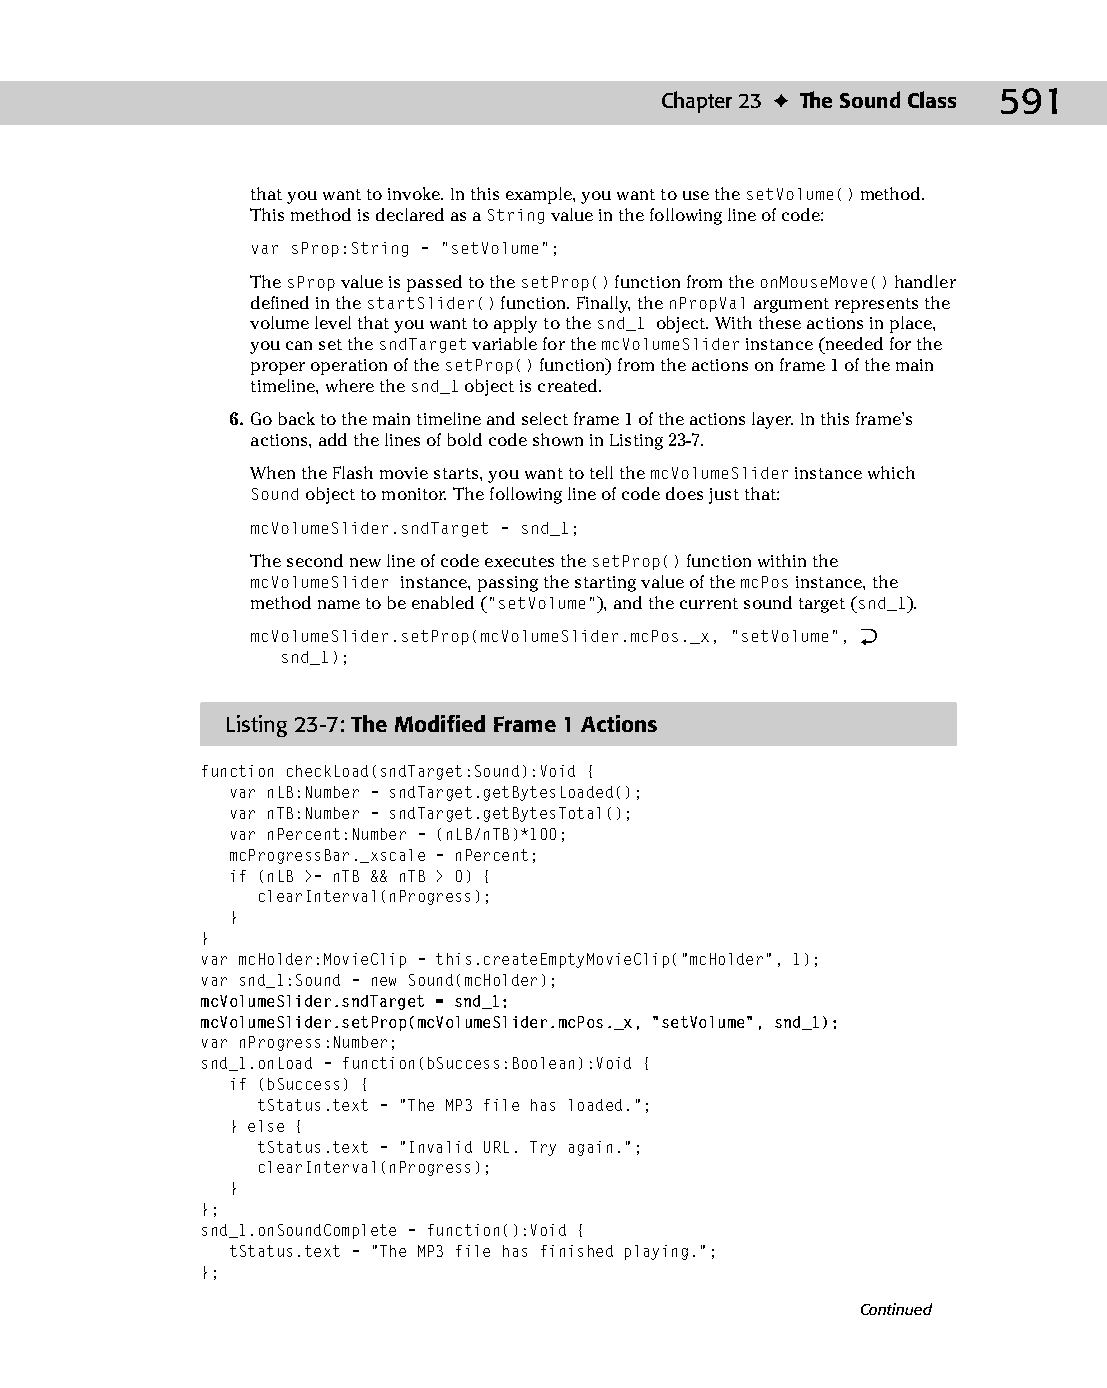
30 543547 ch23.qxd 3/24/04 4:09 PM Page 591
 Chapter 23 ✦ The Sound Class 591
 that you want to invoke. In this example, you want to use the setVolume() method.
 This method is declared as a String value in the following line of code:
 var sProp:String = “setVolume”;
 The sProp value is passed to the setProp() function from the onMouseMove() handler
 defined in the startSlider() function. Finally, the nPropVal argument represents the
 volume level that you want to apply to the snd_1 object. With these actions in place,
 you can set the sndTarget variable for the mcVolumeSlider instance (needed for the
 proper operation of the setProp() function) from the actions on frame 1 of the main
 timeline, where the snd_1 object is created.
 6. Go back to the main timeline and select frame 1 of the actions layer. In this frame’s
 actions, add the lines of bold code shown in Listing 23-7.
 When the Flash movie starts, you want to tell the mcVolumeSlider instance which
 Sound object to monitor. The following line of code does just that:
 mcVolumeSlider.sndTarget = snd_1;
 The second new line of code executes the setProp() function within the
 mcVolumeSlider instance, passing the starting value of the mcPos instance, the
 method name to be enabled (“setVolume”), and the current sound target (snd_1).
 mcVolumeSlider.setProp(mcVolumeSlider.mcPos._x, “setVolume”, Æ
 snd_1);
 Listing 23-7: The Modified Frame 1 Actions
 function checkLoad(sndTarget:Sound):Void {
 var nLB:Number = sndTarget.getBytesLoaded();
 var nTB:Number = sndTarget.getBytesTotal();
 var nPercent:Number = (nLB/nTB)*100;
 mcProgressBar._xscale = nPercent;
 if (nLB >= nTB && nTB > 0) {
 clearInterval(nProgress);
 }
 }
 var mcHolder:MovieClip = this.createEmptyMovieClip(“mcHolder”, 1);
 var snd_1:Sound = new Sound(mcHolder);
 mcVolumeSlider.sndTarget = snd_1;
 mcVolumeSlider.setProp(mcVolumeSlider.mcPos._x, “setVolume”, snd_1);
 var nProgress:Number;
 snd_1.onLoad = function(bSuccess:Boolean):Void {
 if (bSuccess) {
 tStatus.text = “The MP3 file has loaded.”;
 } else {
 tStatus.text = “Invalid URL. Try again.”;
 clearInterval(nProgress);
 }
 };
 snd_1.onSoundComplete = function():Void {
 tStatus.text = “The MP3 file has finished playing.”;
 };
 Continued